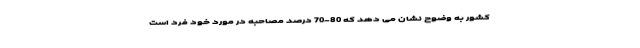
کشور به وضوح نشان می دهد که 80-70 درصد مصاحبه در مورد خود فرد است